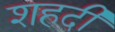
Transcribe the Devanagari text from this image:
शहदी